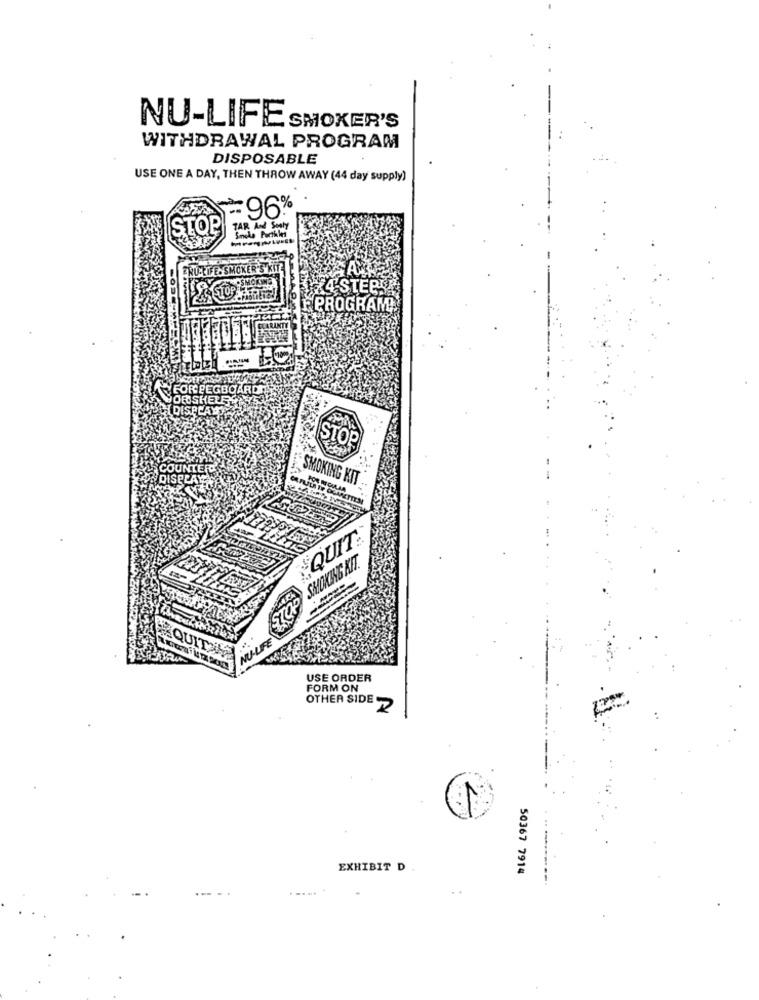
NU-LIFE SMOKER'S
WITHDRAWAL PROGRAM
DISPOSABLE
USE ONE A DAY, THEN THROW AWAY (44 day supply)
96%
STOP
TAR And Soily
Smoka Partiles
£4'STERS
STOP
F PROGRAM?
GBCARD
STOP
DIS
SMOKING KIT
FOR INCULAA
QUIT
SMOKING KIT.
STO
NU-LIFE
USE ORDER
FORM ON
OTHER SIDE
EXHIBIT D
50367 7914
---
..